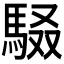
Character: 𮩾